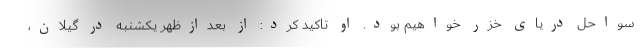
سواحل دریای خزر خواهیم بود. او تاکید کرد: از بعدازظهر یکشنبه در گیلان،